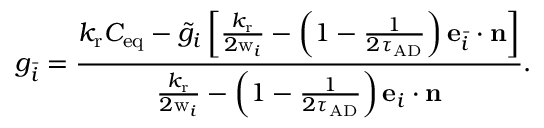
g _ { \bar { i } } = \frac { { k _ { \mathrm { r } } C _ { \mathrm { e q } } - \tilde { g } _ { i } \left[ { { \frac { k _ { \mathrm { r } } } { 2 \mathrm { w } _ { i } } } - \left( 1 - { \frac { 1 } { 2 \tau _ { \mathrm { A D } } } } \right) \mathbf { e } _ { \bar { i } } \cdot \mathbf { n } } \right] } } { { { \frac { k _ { \mathrm { r } } } { 2 \mathrm { w } _ { i } } } - \left( 1 - { \frac { 1 } { 2 \tau _ { \mathrm { A D } } } } \right) \mathbf { e } _ { i } \cdot \mathbf { n } } } .